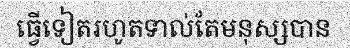
ធ្វើទៀតរហូតទាល់តែមនុស្សបាន